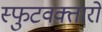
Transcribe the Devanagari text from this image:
स्फुटवक्तारो